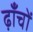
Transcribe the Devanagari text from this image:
ढ़ाँचों